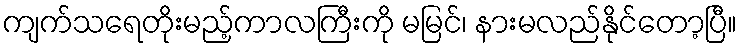
ကျက်သရေတိုးမည့်ကာလကြီးကို မမြင်၊ နားမလည်နိုင်တော့ပြီ။